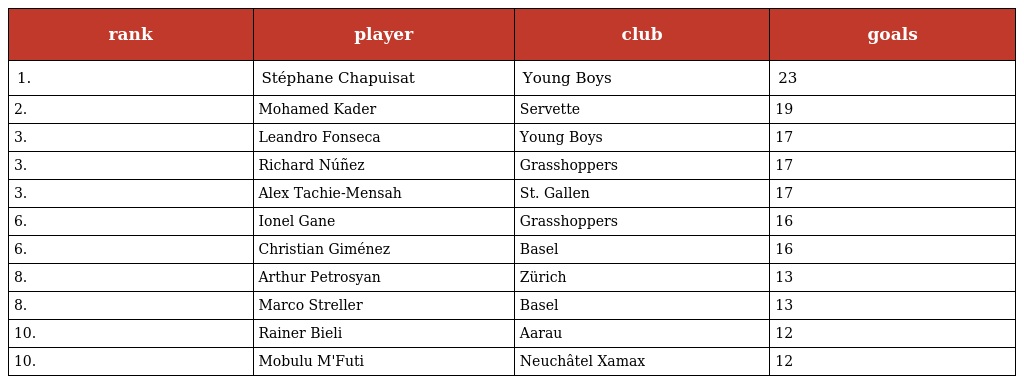
| rank | player | club | goals |
 | --- | --- | --- | --- |
 | 1. | Stéphane Chapuisat | Young Boys | 23 |
 | 2. | Mohamed Kader | Servette | 19 |
 | 3. | Leandro Fonseca | Young Boys | 17 |
 | 3. | Richard Núñez | Grasshoppers | 17 |
 | 3. | Alex Tachie-Mensah | St. Gallen | 17 |
 | 6. | Ionel Gane | Grasshoppers | 16 |
 | 6. | Christian Giménez | Basel | 16 |
 | 8. | Arthur Petrosyan | Zürich | 13 |
 | 8. | Marco Streller | Basel | 13 |
 | 10. | Rainer Bieli | Aarau | 12 |
 | 10. | Mobulu M'Futi | Neuchâtel Xamax | 12 |